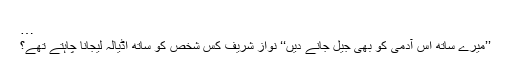
…
’’میرے ساتھ اس آدمی کو بھی جیل جانے دیں‘‘ نواز شریف کس شخص کو ساتھ اڈیالہ لیجانا چاہتے تھے؟